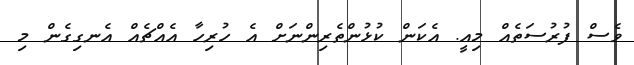
ވެސް ފުރުސަތެއް މިއީ. އެކަން ކުޅުންތެރިންނަށް އެ ހުރިހާ އެއްޗެއް އެނގިގެން މި